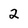
Character: 2